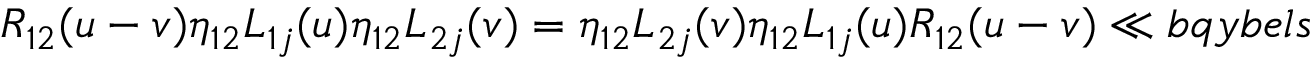
{ R } _ { 1 2 } ( u - v ) \eta _ { 1 2 } L _ { 1 j } ( u ) \eta _ { 1 2 } L _ { 2 j } ( v ) = \eta _ { 1 2 } L _ { 2 j } ( v ) \eta _ { 1 2 } L _ { 1 j } ( u ) { R } _ { 1 2 } ( u - v ) \ll { b q y b e l s }